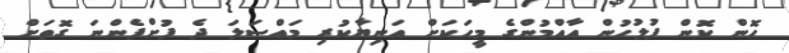
ހޮން ކޮން ފުލުހުން އާއްމުންގެ މީހަކަށް އަނިޔާކުރި މައްސަލަ ދެ ފުށްފެންނަ ގޮތަށް